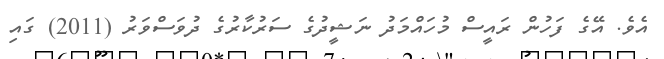
އެވެ. އޭގެ ފަހުން ރައީސް މުހައްމަދު ނަޝީދުގެ ސަރުކާރުގެ ދުވަސްވަރު (2011) ގައި